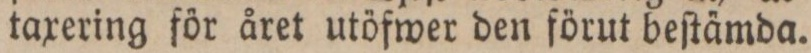
taxering för året utöfwer den förut beſtämda.